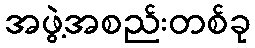
အဖွဲ့အစည်းတစ်ခု